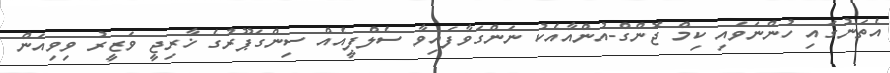
އެތަނުގައި ހުންނަވައި ކިމް ޖޮންގް-އުންއާއެކު ނަންގަވާފައިވާ ސެލްފީއެއް ސިންގަޕޫރުގެ ޚާރިޖީ ވަޒީރު ވިވިއަން